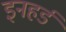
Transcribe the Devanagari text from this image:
इनहर्ड